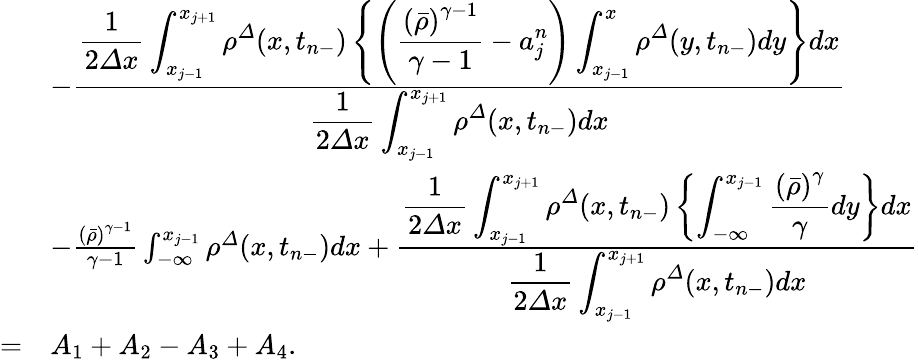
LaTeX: \begin{array}{rl}&{-\frac{\displaystyle\frac 1{2{\varDelta}x}\int_{x_{j-1}}^{x_{j+1}}{\rho}^{\varDelta}(x,t_{n-})\left\{ \left(\frac{\left(\bar{\rho}\right)^{\gamma-1}}{\gamma-1}-a_{j}^{n}\right)\int_{x_{j-1}}^{x}{\rho}^{\varDelta}(y,t_{n-})dy\right\} dx}{\displaystyle\frac 1{2{\varDelta}x}\int_{x_{j-1}}^{x_{j+1}}{\rho}^{\varDelta}(x,t_{n-})dx}}\\ &{-\frac{\left(\bar{\rho}\right)^{\gamma-1}}{\gamma-1}\int_{-\infty}^{x_{j-1}}{\rho}^{\varDelta}(x,t_{n-})dx+\frac{\displaystyle\frac 1{2{\varDelta}x}\int_{x_{j-1}}^{x_{j+1}}{\rho}^{\varDelta}(x,t_{n-})\left\{ \int_{-\infty}^{x_{j-1}}\frac{\left(\bar{\rho}\right)^{\gamma}}{\gamma}dy\right\} dx}{\displaystyle\frac 1{2{\varDelta}x}\int_{x_{j-1}}^{x_{j+1}}{\rho}^{\varDelta}(x,t_{n-})dx}}\\ {=}&{A_{1}+A_{2}-A_{3}+A_{4}.}\end{array}